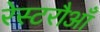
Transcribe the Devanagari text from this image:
रेस्टरौआँ